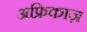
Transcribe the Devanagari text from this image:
अफ्रिकाज़